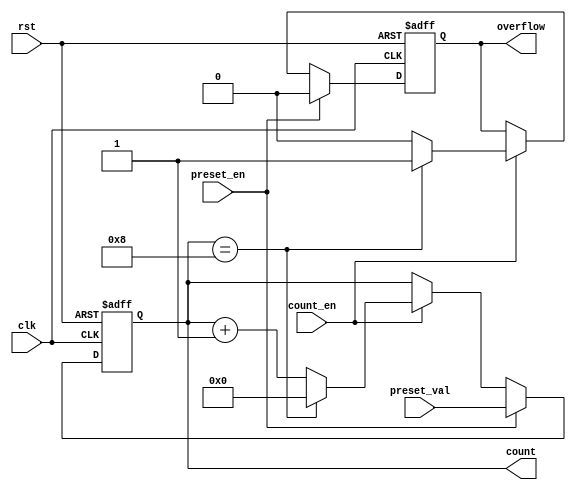
module presettable_counter #(
    parameter WIDTH = 4,               // Width of the counter (e.g., 4-bit)
    parameter RESET_VALUE = 0          // Default reset value
)(
    input wire clk,                    // Clock input
    input wire rst,                    // Asynchronous reset input
    input wire preset_en,              // Preset enable input
    input wire [WIDTH-1:0] preset_val, // Preset value input
    input wire count_en,               // Count enable input
    output reg [WIDTH-1:0] count,      // Counter value output
    output reg overflow                // Overflow output
);

    // Internal register to hold the counter value
    reg [WIDTH-1:0] count_reg;

    // Always block for synchronous logic
    always @(posedge clk or posedge rst) begin
        if (rst) begin
            // Asynchronous reset
            count_reg <= RESET_VALUE;
            overflow <= 1'b0; // Reset overflow signal
        end else if (preset_en) begin
            // Load preset value
            count_reg <= preset_val;
            overflow <= 1'b0; // Reset overflow signal
        end else if (count_en) begin
            // Increment counter
            if (count_reg == {1'b1, {WIDTH-1{1'b0}}}) begin
                // Check for overflow condition
                count_reg <= {WIDTH{1'b0}}; // Wrap around to zero
                overflow <= 1'b1; // Set overflow signal
            end else begin
                count_reg <= count_reg + 1'b1; // Increment counter
                overflow <= 1'b0; // Clear overflow signal
            end
        end
    end

    // Assign the counter value to the output
    assign count = count_reg;

endmodule